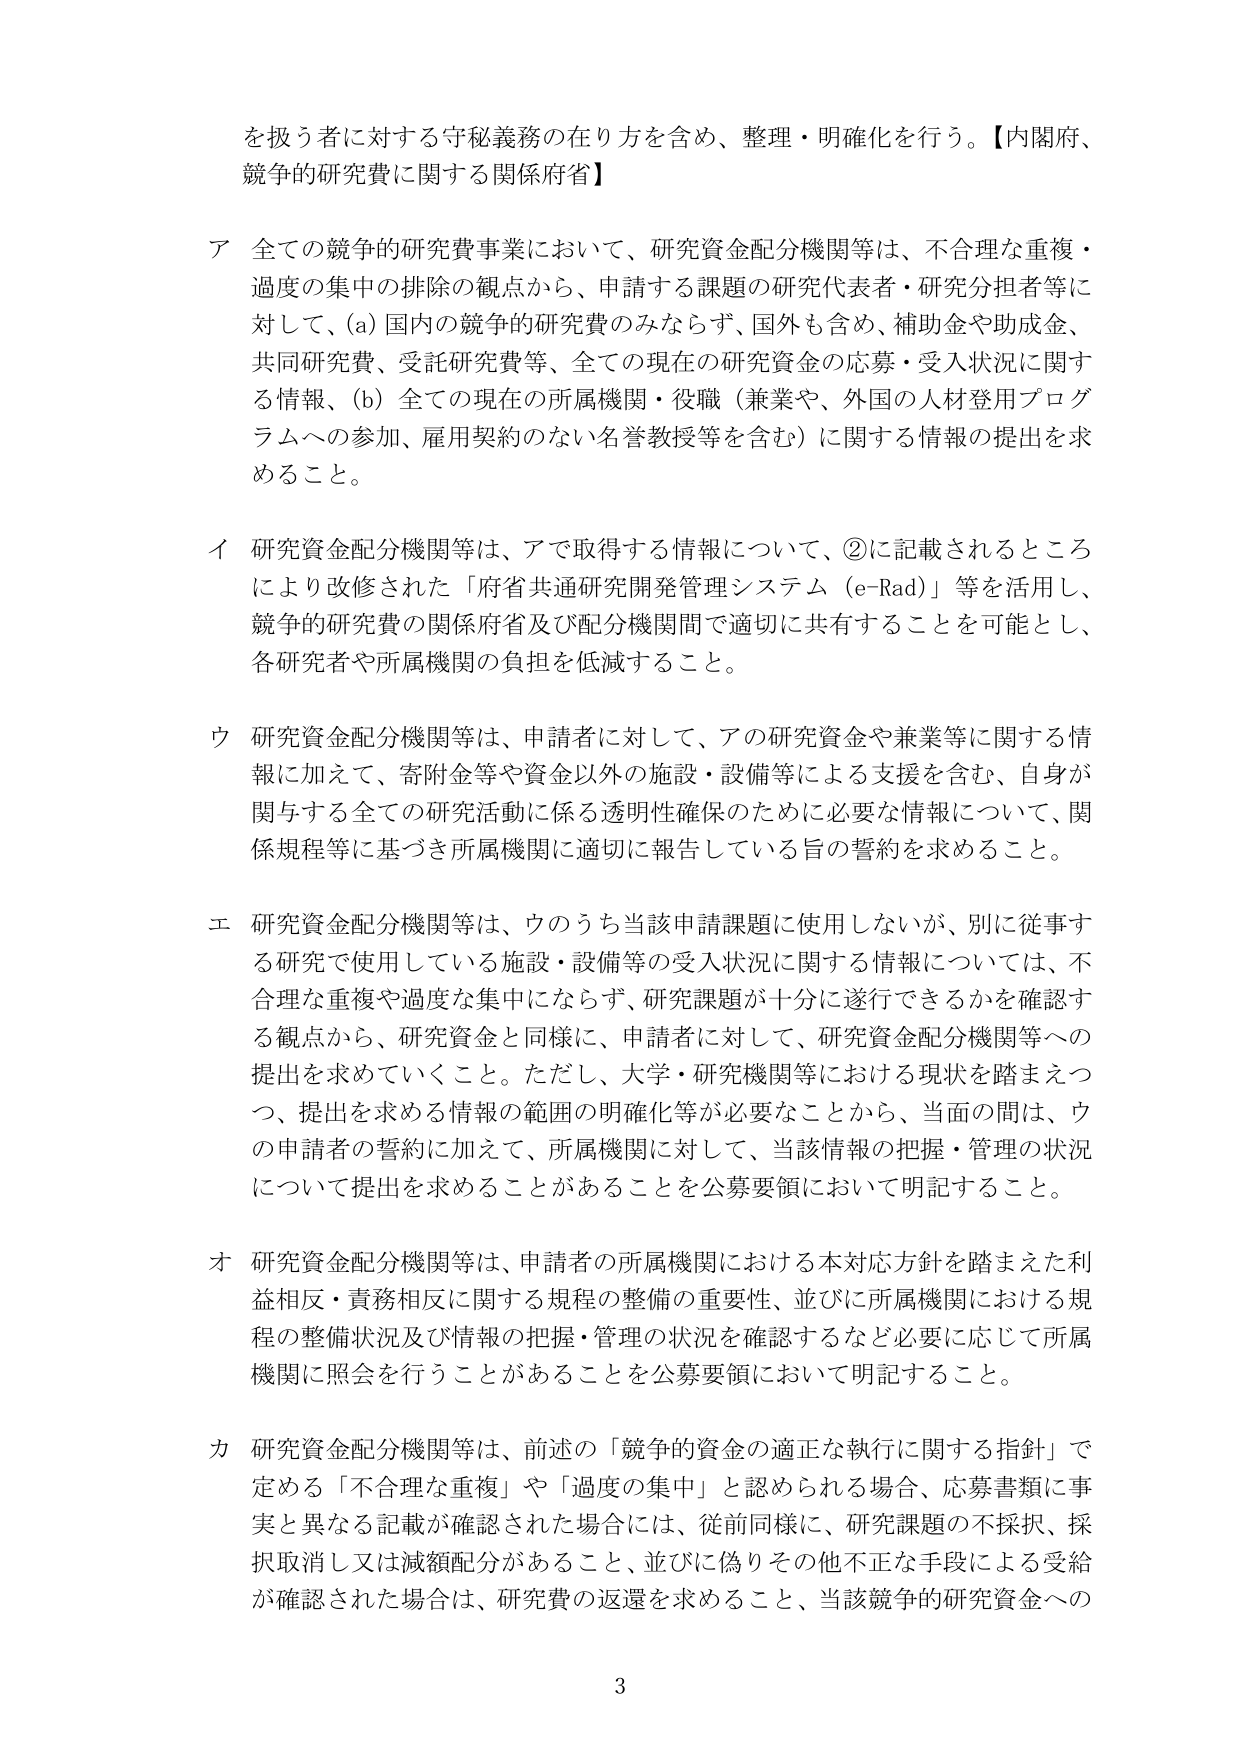
を扱う者に対する守秘義務の在り方を含め、整理・明確化を行う。【内閣府、
競争的研究費に関する関係府省】

ア 全ての競争的研究費事業において、研究資金配分機関等は、不合理な重複・
過度の集中の排除の観点から、申請する課題の研究代表者・研究分担者等に
対して、(a) 国内の競争的研究費のみならず、国外も含め、補助金や助成金、
共同研究費、受託研究費等、全ての現在の研究資金の応募・受入状況に関す
る情報、(b) 全ての現在の所属機関・役職（兼業や、外国の人材登用プログ
ラムへの参加、雇用契約のない名誉教授等を含む）に関する情報の提出を求
めること。

イ 研究資金配分機関等は、アで取得する情報について、②に記載されるところ
により改修された「府省共通研究開発管理システム（e-Rad）」等を活用し、
競争的研究費の関係府省及び配分機関間で適切に共有することを可能とし、
各研究者や所属機関の負担を低減すること。

ウ 研究資金配分機関等は、申請者に対して、アの研究資金や兼業等に関する情
報に加えて、寄附金等や資金以外の施設・設備等による支援を含む、自身が
関与する全ての研究活動に係る透明性確保のために必要な情報について、関
係規程等に基づき所属機関に適切に報告している旨の誓約を求めること。

エ 研究資金配分機関等は、ウのうち当該申請課題に使用しないが、別に従事す
る研究で使用している施設・設備等の受入状況に関する情報については、不
合理な重複や過度な集中にならず、研究課題が十分に遂行できるかを確認す
る観点から、研究資金と同様に、申請者に対して、研究資金配分機関等への
提出を求めていくこと。ただし、大学・研究機関等における現状を踏まえつ
つ、提出を求める情報の範囲の明確化等が必要なことから、当面の間は、ウ
の申請者の誓約に加えて、所属機関に対して、当該情報の把握・管理の状況
について提出を求めることがあることを公募要領において明記すること。

オ 研究資金配分機関等は、申請者の所属機関における本対応方針を踏まえた利
益相反・責務相反に関する規程の整備の重要性、並びに所属機関における規
程の整備状況及び情報の把握・管理の状況を確認するなど必要に応じて所属
機関に照会を行うことがあることを公募要領において明記すること。

カ 研究資金配分機関等は、前述の「競争的資金の適正な執行に関する指針」で
定める「不合理な重複」や「過度の集中」と認められる場合、応募書類に事
実と異なる記載が確認された場合には、従前同様に、研究課題の不採択、採
択取消し又は減額配分があること、並びに偽りその他不正な手段による受給
が確認された場合は、研究費の返還を求めること、当該競争的研究資金への

3